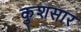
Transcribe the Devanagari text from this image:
कुशसार